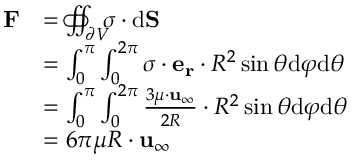
{ \begin{array} { r l } { \mathbf { F } } & { = \iint _ { \partial V } \! \! \! \! \! \! \! \! \! \! \! \! \! \! \subset \! \supset \; { \boldsymbol { \sigma } } \cdot { \mathrm { d } } \mathbf { S } } \\ & { = \int _ { 0 } ^ { \pi } \int _ { 0 } ^ { 2 \pi } { \boldsymbol { \sigma } } \cdot \mathbf { e _ { r } } \cdot R ^ { 2 } \sin \theta { \mathrm { d } } \varphi { \mathrm { d } } \theta } \\ & { = \int _ { 0 } ^ { \pi } \int _ { 0 } ^ { 2 \pi } { \frac { 3 \mu \cdot \mathbf { u } _ { \infty } } { 2 R } } \cdot R ^ { 2 } \sin \theta { \mathrm { d } } \varphi { \mathrm { d } } \theta } \\ & { = 6 \pi \mu R \cdot \mathbf { u } _ { \infty } } \end{array} }